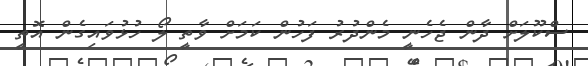
ސްކޫލަށް ދާން ޖެހެނީ މެންދުރު ފަހުން ކަމަށް ވާތީ ލޯ ހުޅުވައިގެން އޮތީ